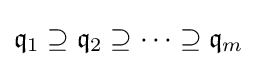
{\mathfrak {q}}_{1}\supseteq {\mathfrak {q}}_{2}\supseteq \cdots \supseteq {\mathfrak {q}}_{m}